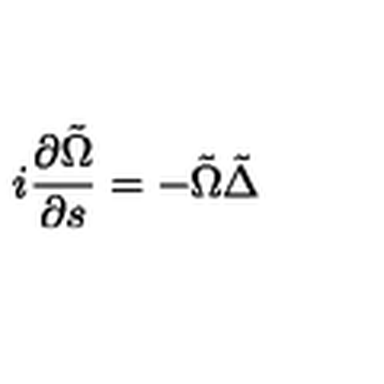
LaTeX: i \frac { \partial \tilde { \Omega } } { \partial s } = - \tilde { \Omega } \tilde { \Delta }